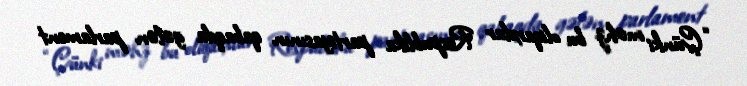
“Çünki məhz bu oliqarxlar Respublika partiyasının qabaqda gələn parlament